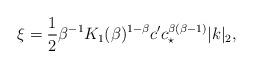
LaTeX: \begin{align*}\xi=\frac12 \beta^{-1} K_1(\beta)^{1-\beta}c'c_\star^{\beta(\beta-1)}|k|_2,\end{align*}